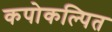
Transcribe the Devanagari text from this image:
कपोकल्पित